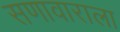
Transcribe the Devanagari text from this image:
सणावाराला